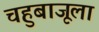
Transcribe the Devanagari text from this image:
चहुबाजूला